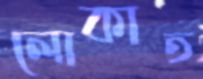
লোকাত